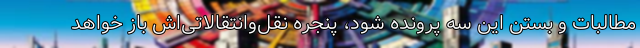
مطالبات و بستن این سه پرونده شود، پنجره نقل‌وانتقالاتی‌اش باز خواهد